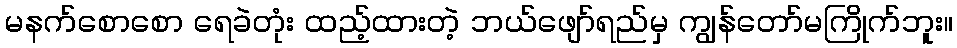
မနက်စောစော ရေခဲတုံး ထည့်ထားတဲ့ ဘယ်ဖျော်ရည်မှ ကျွန်တော်မကြိုက်ဘူး။